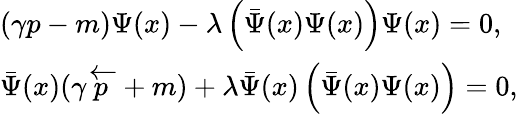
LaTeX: \begin{array}{l}{{(\gamma p-m)\Psi(x)-\lambda\left(\bar{\Psi}(x)\Psi(x)\right)\Psi(x)=0,}}\\ {{\bar{\Psi}(x)(\gamma\overleftarrow{p}+m)+\lambda\bar{\Psi}(x)\left(\bar{\Psi}(x)\Psi(x)\right)=0,}}\end{array}